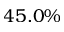
4 5 . 0 \%